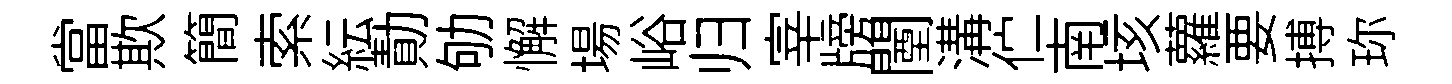
當欺簡索紜勣劬懈場峪归宰牓闉溝伫南垓蘿要搏珎